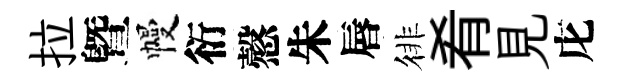
拉曁幔衍慤朱唇徘肴見庀